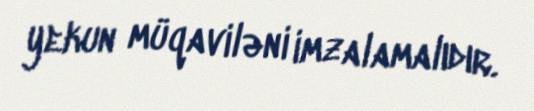
yekun müqaviləni imzalamalıdır.